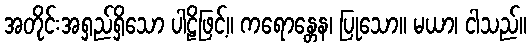
အတိုင်းအရှည်ရှိသော ပါဠိဖြင့်။ ကရောန္တေန၊ ပြုသော။ မယာ၊ ငါသည်။